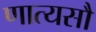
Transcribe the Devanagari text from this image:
णात्यसौ